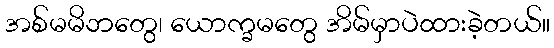
အစ်မမိဘတွေ၊ ယောက္ခမတွေ အိမ်မှာပဲထားခဲ့တယ်။